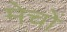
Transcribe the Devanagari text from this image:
मेचों